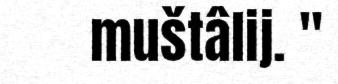
muštâlij. "